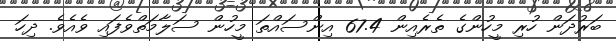
ބަރުދަން ހުރި މީހުންގެ ތެރެއިން 67.4 އިންސައްތަ މީހުން ސަލާމަތްވެފައި ވެއެވެ. ދިހަ